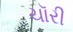
ચૉરી